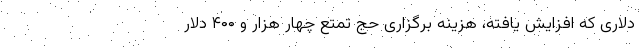
دلاری که افزایش یافته، هزینه برگزاری حج تمتع چهار هزار و ۴۰۰ دلار